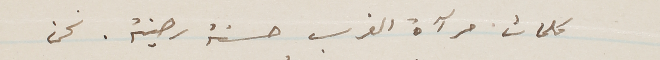
كلمات مرآة الغرب حسنة رصينة. نحن